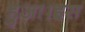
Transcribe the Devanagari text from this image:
हुआ।इस